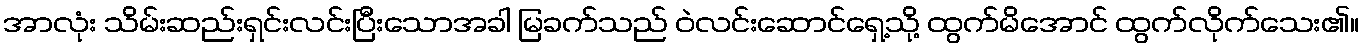
အာလုံး သိမ်းဆည်းရှင်းလင်းပြီးသောအခါ မြခက်သည် ဝဲလင်းဆောင်ရှေ့သို့ ထွက်မိအောင် ထွက်လိုက်သေး၏။